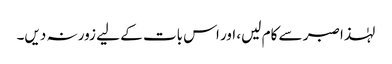
لہٰذا صبر سے کام لیں، اور اس بات کے لیے زور نہ دیں۔